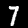
Digit: 7